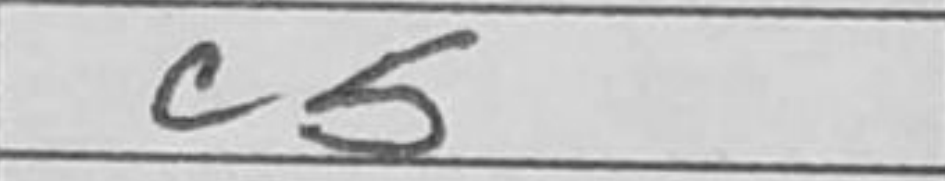
Transcription: c5